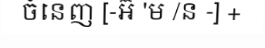
ចំនេញ [-អ៊ 'ម /ន -] +